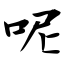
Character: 呢